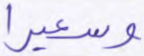
وسعيرا